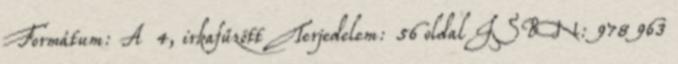
Formátum: A 4, irkafűzött Terjedelem: 56 oldal ISBN: 978 963